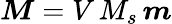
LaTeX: \boldsymbol{M}=V\, M_{s}\, \boldsymbol{m}